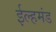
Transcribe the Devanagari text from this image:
ईल्हमंड